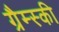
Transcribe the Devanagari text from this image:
ग्रैम्स्की